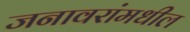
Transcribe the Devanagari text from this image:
जनावरांमधील